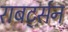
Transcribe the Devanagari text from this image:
राबर्ट्सन